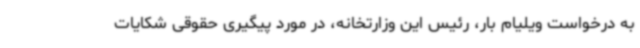
به درخواست ویلیام بار، رئیس این وزارتخانه، در مورد پیگیری حقوقی شکایات